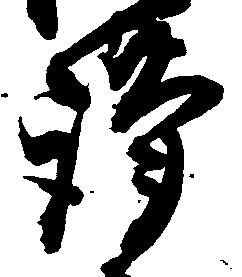
謹